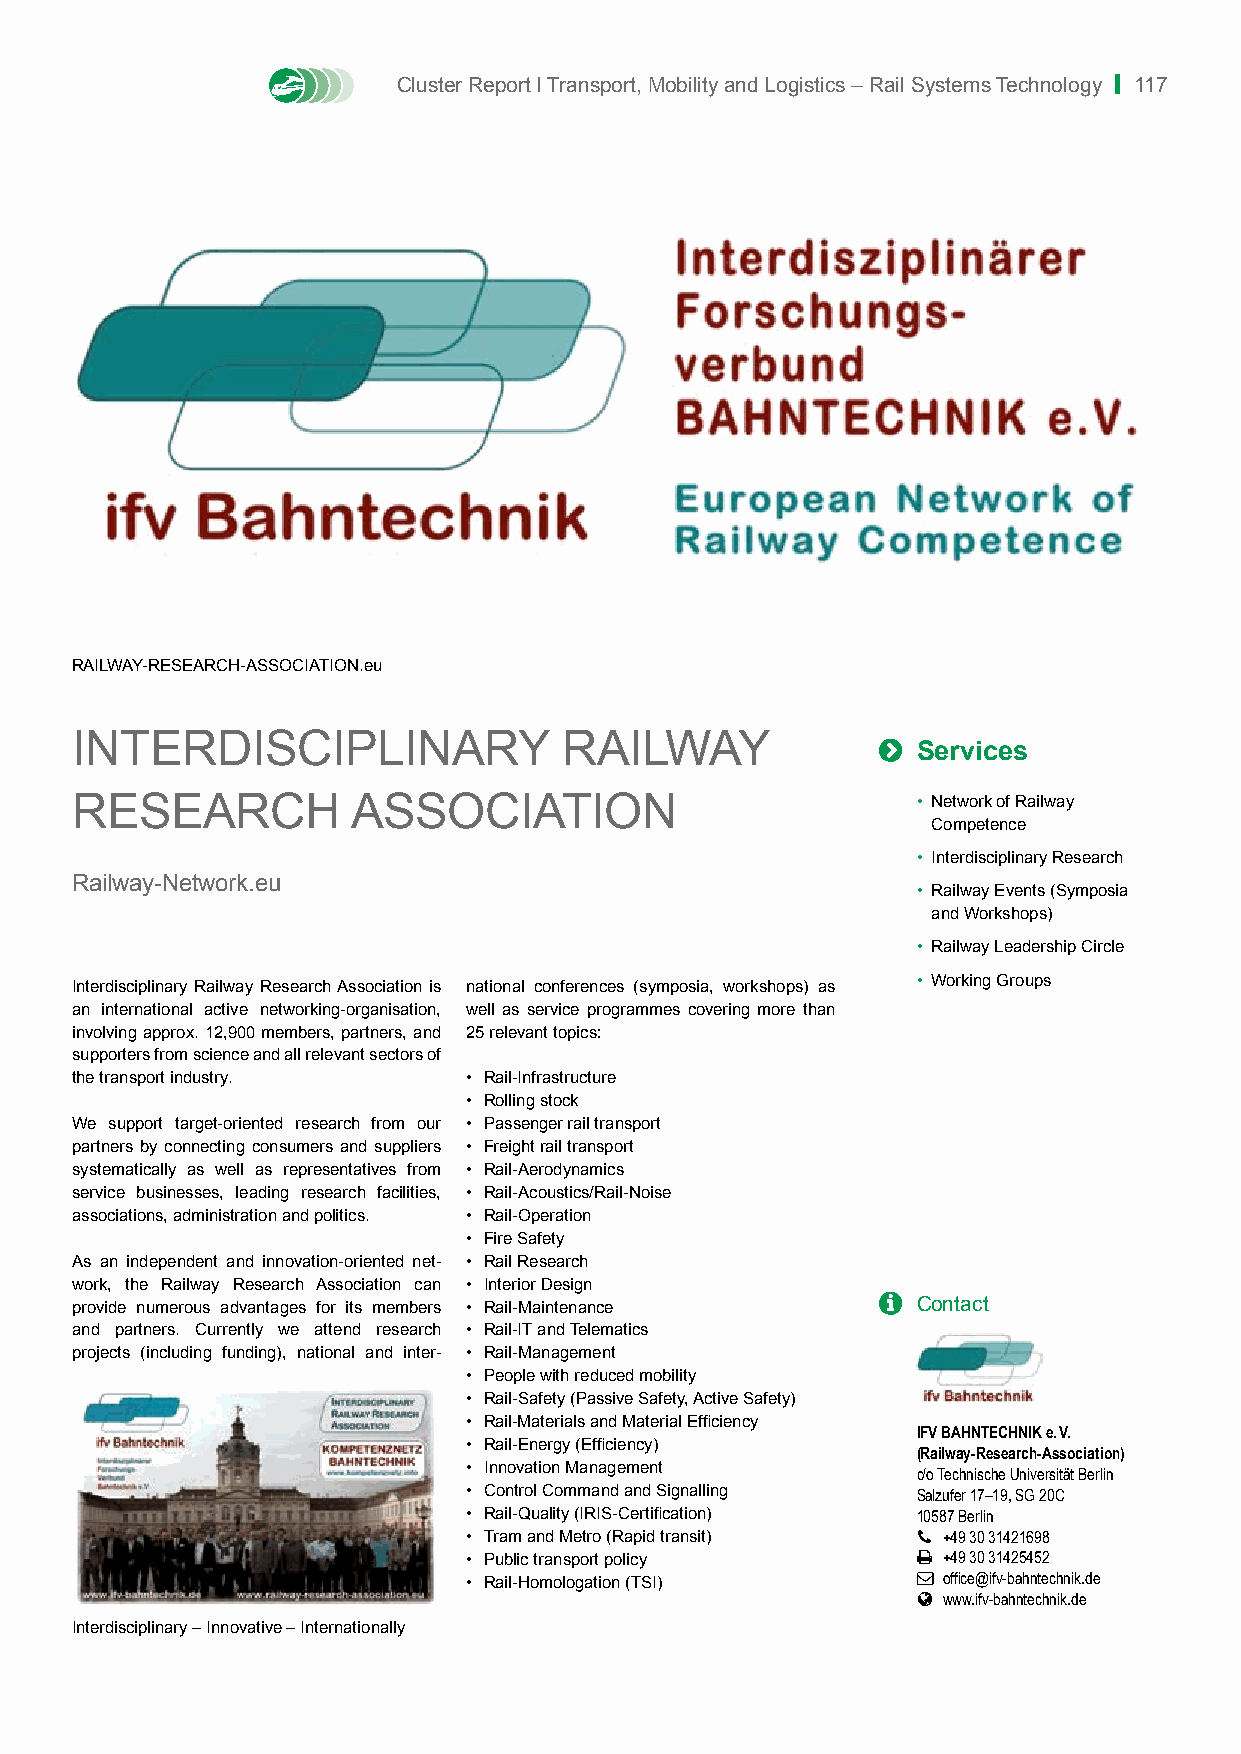
Cluster Report I Transport, Mobility and Logistics – Rail Systems Technology | 117
 RAILWAY-RESEARCH-ASSOCIATION.eu
 INTERDISCIPLINARY               RAILWAY              
 Services
 RESEARCH          ASSOCIATION                           • Network of Railway
 Competence
 • Interdisciplinary Research
 Railway-Network.eu
 • Railway Events (Symposia
 and Workshops)
 • Railway Leadership Circle
 Interdisciplinary Railway Research Association is national conferences (symposia, workshops) as • Working Groups
 an international active networking-organisation, well as service programmes covering more than
 involving approx. 12,900 members, partners, and 25 relevant topics:
 supporters from science and all relevant sectors of
 the transport industry.   • Rail-Infrastructure
 • Rolling stock
 We support target-oriented research from our • Passenger rail transport
 partners by connecting consumers and suppliers • Freight rail transport
 systematically as well as representatives from • Rail-Aerodynamics
 service businesses, leading research facilities, • Rail-Acoustics/Rail-Noise
 associations, administration and politics. • Rail-Operation
 • Fire Safety
 As an independent and innovation-oriented net- • Rail Research
 work, the Railway Research Association can • Interior Design
 provide numerous advantages for its members • Rail-Maintenance  Contact
 and partners. Currently we attend research • Rail-IT and Telematics
 projects (including funding), national and inter- • Rail-Management
 • People with reduced mobility
 • Rail-Safety (Passive Safety, Active Safety)
 • Rail-Materials and Material Efficiency
 IFV BAHNTECHNIK e. V.
 • Rail-Energy (Efficiency)
 (Railway-Research-Association)
 • Innovation Management       c/o Technische Universität Berlin
 • Control Command and Signalling Salzufer 17–19, SG 20C
 • Rail-Quality (IRIS-Certification) 10587 Berlin
 • Tram and Metro (Rapid transit)  +49 30 31421698
 • Public transport policy      +49 30 31425452
 • Rail-Homologation (TSI)      office@ifv-bahntechnik.de
  www.ifv-bahntechnik.de
 Interdisciplinary – Innovative – Internationally